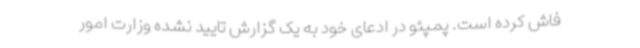
فاش کرده است. پمپئو در ادعای خود به یک گزارش تایید نشده وزارت امور